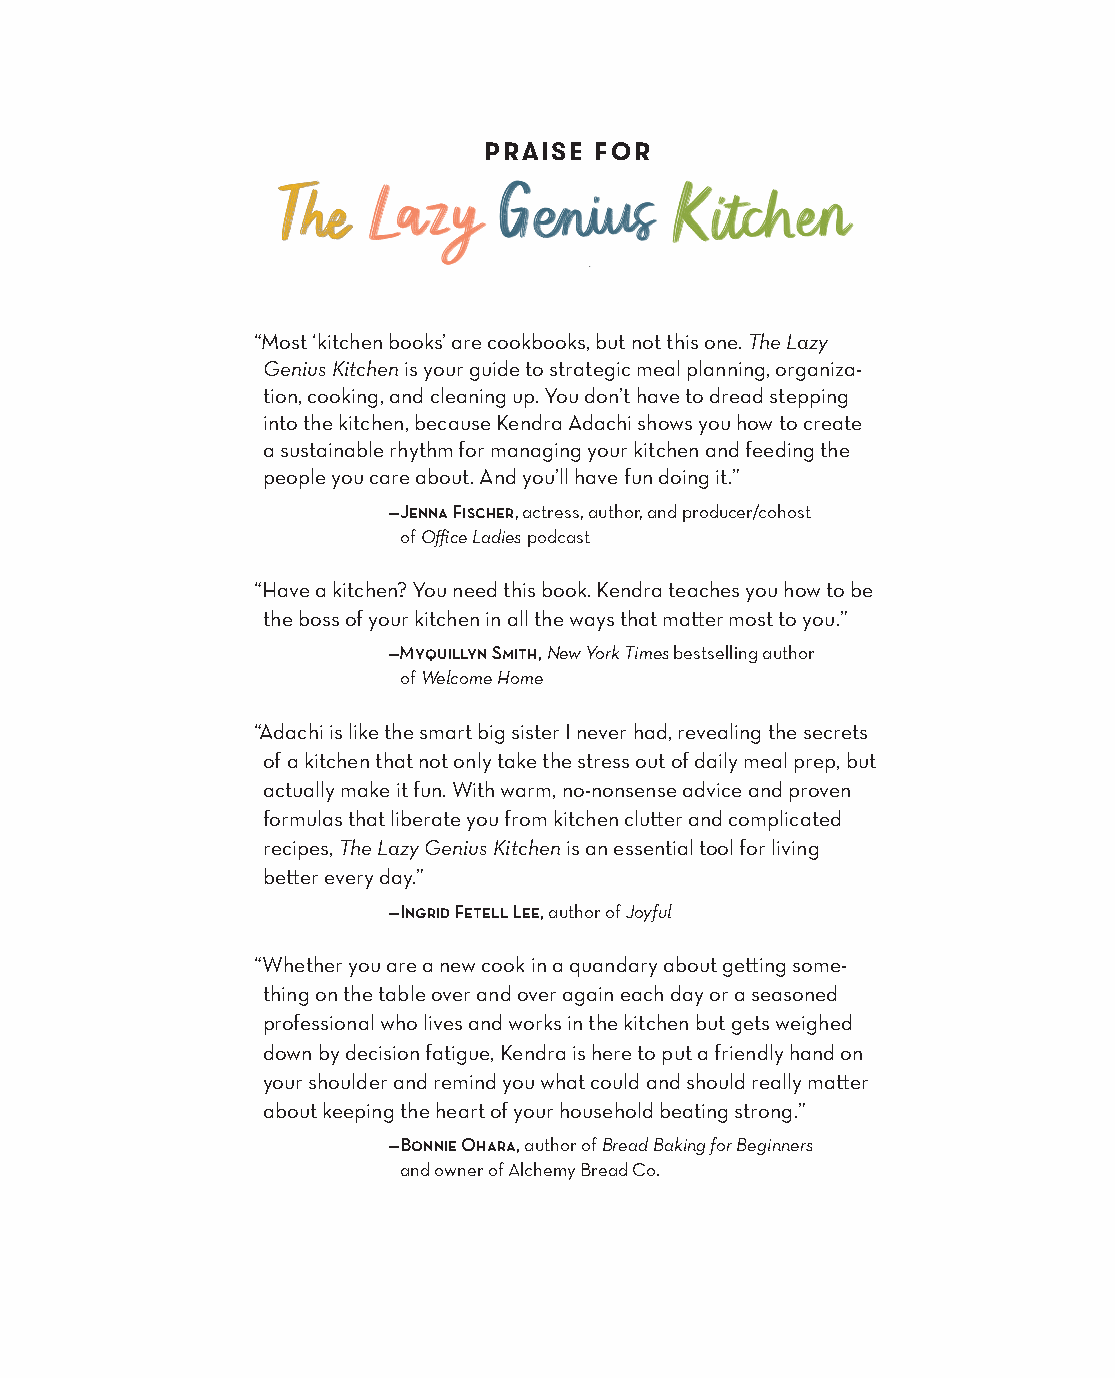
PRAISE  FOR
 “Most ‘kitchen books’ are cookbooks, but not this one. The Lazy
 Genius Kitchen is your guide to strategic meal planning, organiza-
 tion, cooking, and cleaning up. You don’t have to dread stepping
 into the kitchen, because Kendra Adachi shows you how to create
 a sustainable rhythm for managing your kitchen and feeding the
 people you care about. And you’ll have fun doing it.”
 —Jenna Fischer, actress, author, and producer/cohost
 of Office Ladies podcast
 “Have a kitchen? You need this book. Kendra teaches you how to be
 the boss of your kitchen in all the ways that matter most to you.”
 —Myquillyn Smith, New York Times bestselling author
 of Welcome Home
 “Adachi is like the smart big sister I never had, revealing the secrets
 of a kitchen that not only take the stress out of daily meal prep, but
 actually make it fun. With warm, no-nonsense advice and proven
 formulas that liberate you from kitchen clutter and complicated
 recipes, The Lazy Genius Kitchen is an essential tool for living
 better every day.”
 —Ingrid Fetell Lee, author of Joyful
 “Whether you are a new cook in a quandary about getting some-
 thing on the table over and over again each day or a seasoned
 professional who lives and works in the kitchen but gets weighed
 down by decision fatigue, Kendra is here to put a friendly hand on
 your shoulder and remind you what could and should really matter
 about keeping the heart of your household beating strong.”
 —Bonnie Ohara, author of Bread Baking for Beginners
 and owner of Alchemy Bread Co.
 AAddaacc__99778800552255665533994433__aallll__55pp__rr22..iinndddd 11 1100//2222//2211 99::1177 AAMM